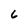
Character: 6